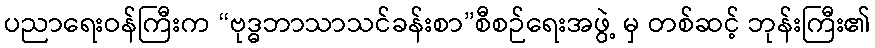
ပညာရေးဝန်ကြီးက “ဗုဒ္ဓဘာသာသင်ခန်းစာ”စီစဉ်ရေးအဖွဲ့ မှ တစ်ဆင့် ဘုန်းကြီး၏